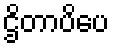
ဌိတာပိပေ